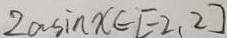
2 a \sin x \in [ - 2 , 2 ]